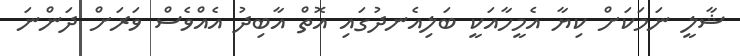
ޝާލީ ނަމަކަށް ކިޔާ އެމީހާއަކީ ބަލިއެނދުގައި އޮތް އާބިދު އެއްވެސް ވަރަށް ދަންނަ